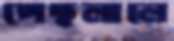
পেছলালে